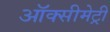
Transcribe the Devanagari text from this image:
ऑक्सीमेट्री